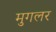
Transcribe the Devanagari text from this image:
मुगलर